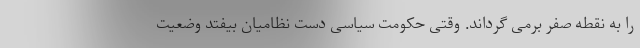
را به نقطه صفر برمی گرداند. وقتی حکومت سیاسی دست نظامیان بیفتد وضعیت